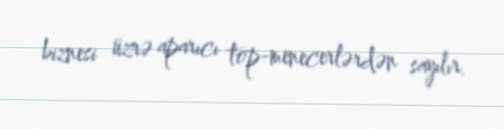
biznesi üzrə aparıcı top-menecerlərdən sayılır.